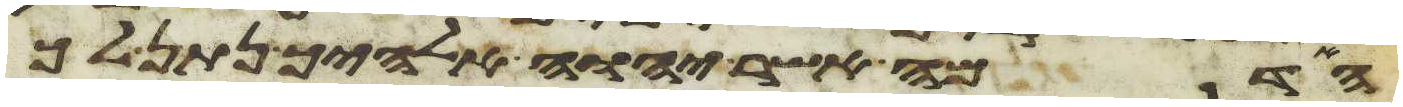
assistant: האדמה אשר יהוה אלהיך נתן לך